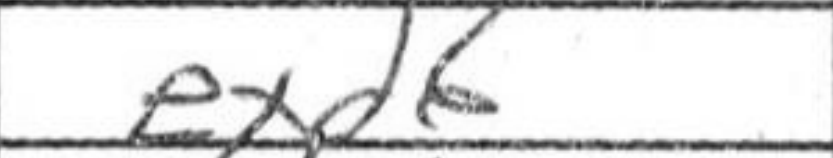
Transcription: exd6